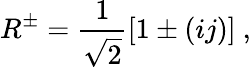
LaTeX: R^{\pm}=\frac{1}{\sqrt{2}}[1\pm(ij)]~,